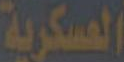
العسكرية